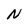
Character: N